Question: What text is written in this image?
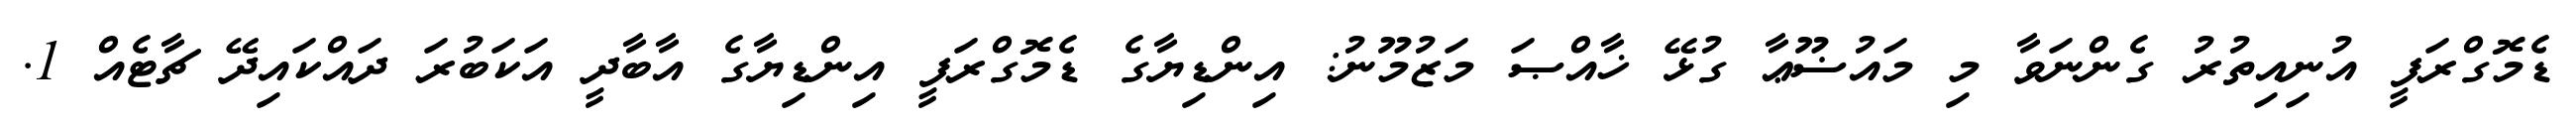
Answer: ޑެމޮގްރަފީ އުނިއިތުރު ގެންނަވާ މި މައުޟޫޢާ ގުޅޭ ޚާއްޞަ މަޒުމޫނު: އިންޑިޔާގެ ޑެމޮގްރަފީ އިންޑިޔާގެ އާބާދީ އަކަބުރަ ދައްކައިދޭ ޗާޓެއް 1.